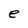
Character: e